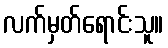
လက်မှတ်ရောင်းသူ။